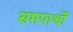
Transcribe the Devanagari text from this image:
समपार्श्वों